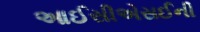
આઈસીએસઈની